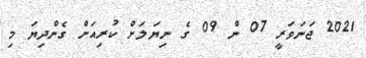
2021 ޖަނަވަރީ 07 ން 09 ގެ ނިޔަލަށް ކުރިއަށް ގެންދިޔަ މި